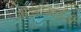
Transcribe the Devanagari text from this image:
आईवीआईजी